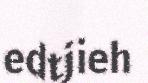
edtjieh